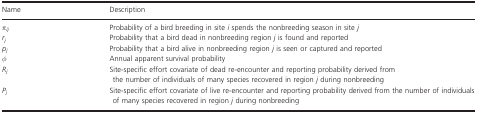
<table><thead><tr><td><b>Name</b></td><td><b>Description</b></td></tr></thead><tbody><tr><td><i>π</i><sub><i>ij</i></sub></td><td>Probability of a bird breeding in site <i>i</i> spends the nonbreeding season in site <i>j</i></td></tr><tr><td><i>r</i><sub><i>j</i></sub></td><td>Probability that a bird dead in nonbreeding region <i>j</i> is found and reported</td></tr><tr><td><i>p</i><sub><i>j</i></sub></td><td>Probability that a bird alive in nonbreeding region <i>j</i> is seen or captured and reported</td></tr><tr><td><i>φ</i></td><td>Annual apparent survival probability</td></tr><tr><td><i>R</i><sub><i>j</i></sub></td><td>Site-specific effort covariate of dead re-encounter and reporting probability derived from the number of individuals of many species recovered in region <i>j</i> during nonbreeding</td></tr><tr><td><i>P</i><sub><i>j</i></sub></td><td>Site-specific effort covariate of live re-encounter and reporting probability derived from the number of individuals of many species recovered in region <i>j</i> during nonbreeding</td></tr></tbody></table>